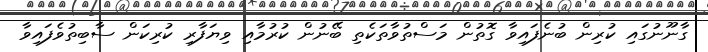
ގާނޫނުގައި ކުރިން ބުނެފައިވާ ގޮތުން މަސްތުވާތަކެތި ބޭނުން ކުރުމާއި ވިޔަފާރި ކުރިކަން ސާބިތުވެފައިވާ